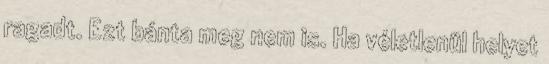
ragadt. Ezt bánta meg nem is. Ha véletlenül helyet